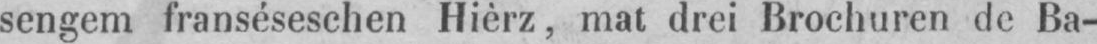
sengem franséseschen Hièrz, mat drei Brochuren de Ba-